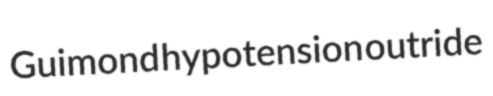
Guimond hypotension outride